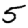
Digit: 5